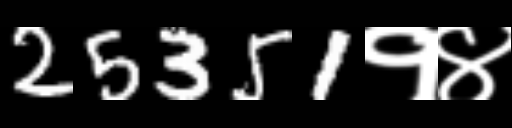
Text: 25351१४